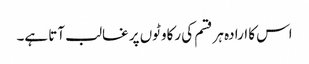
اس کا ارادہ ہر قسم کی رکاوٹوں پر غالب آتا ہے۔